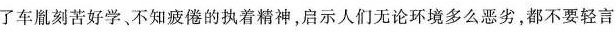
了车胤刻苦好学、不知疲倦的执着精神，启示人们无论环境多么恶劣，都不要轻言